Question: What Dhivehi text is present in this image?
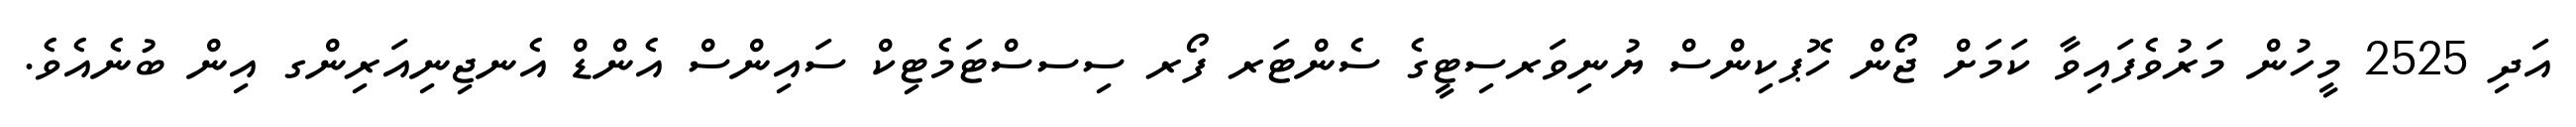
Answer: އަދި 2525 މީހުން މަރުވެފައިވާ ކަމަށް ޖޯން ހޮޕކިންސް ޔުނިވަރސިޓީގެ ސެންޓަރ ފޯރ ސިސސްޓަމެޓިކް ސައިންސް އެންޑް އެނޖިނިއަރިންގ އިން ބުނެއެވެ.